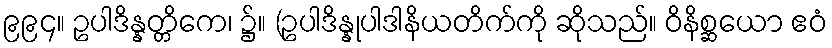
၉၉၄။ ဥပါဒိန္နတ္တိကေ၊ ၌။ (ဥပါဒိန္နုပါဒါနိယတိက်ကို ဆိုသည်။ ဝိနိစ္ဆယော ဧဝံ